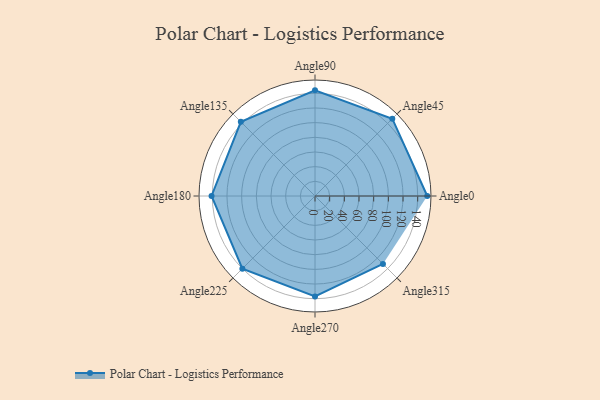
{"axis": {"x": "Angle", "y": "Radius"}, "legend": [""], "data": [{"x": "Angle0", "y": 153.0, "type": ""}, {"x": "Angle45", "y": 149.0, "type": ""}, {"x": "Angle90", "y": 144.0, "type": ""}, {"x": "Angle135", "y": 143.0, "type": ""}, {"x": "Angle180", "y": 141.0, "type": ""}, {"x": "Angle225", "y": 140.0, "type": ""}, {"x": "Angle270", "y": 137.0, "type": ""}, {"x": "Angle315", "y": 131.0, "type": ""}]}